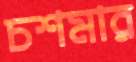
চশমার